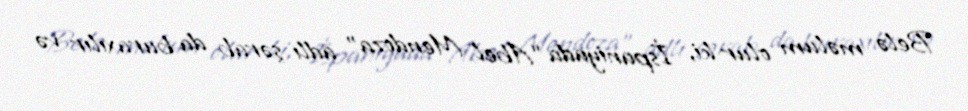
Belə məlum olur ki, İspaniyada “Abel Mendoza” adlı şərab da buraxılır və